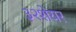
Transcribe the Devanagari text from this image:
३२शेयर